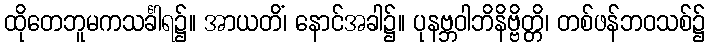
ထိုတေဘူမကသင်္ခါရ၌။ အာယတိံ၊ နောင်အခါ၌။ ပုနဗ္ဘဝါဘိနိဗ္ဗိတ္တိ၊ တစ်ဖန်ဘဝသစ်၌